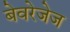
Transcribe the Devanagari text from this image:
बेवरेजेज